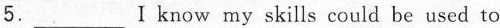
5.___Ⅰknow my skills could be used to